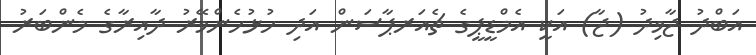
އަބްދު ޖާވިދު (ޖާ) އަކީ އެމްޑީޕީގެ ޗެއަރޕާސަން އަދި ހުޅުހެންވޭރު ދާއިރާގެ މެންބަރު